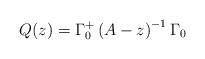
LaTeX: \begin{align*}Q(z)=\Gamma_{0}^{+}\left( A-z \right)^{-1}\Gamma_{0}\end{align*}